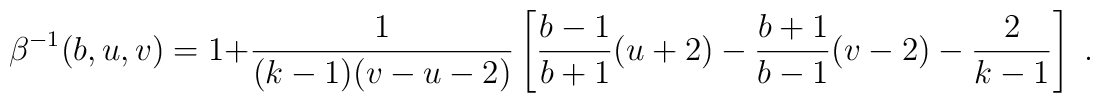
\beta^{-1}(b,u,v)=1+\frac{1}{(k-1)(v-u-2)}\left[\frac{b-1}{b+1}(u+2)-\frac{b+1}{b-1}(v-2)-\frac{2}{k-1}\right] \; .